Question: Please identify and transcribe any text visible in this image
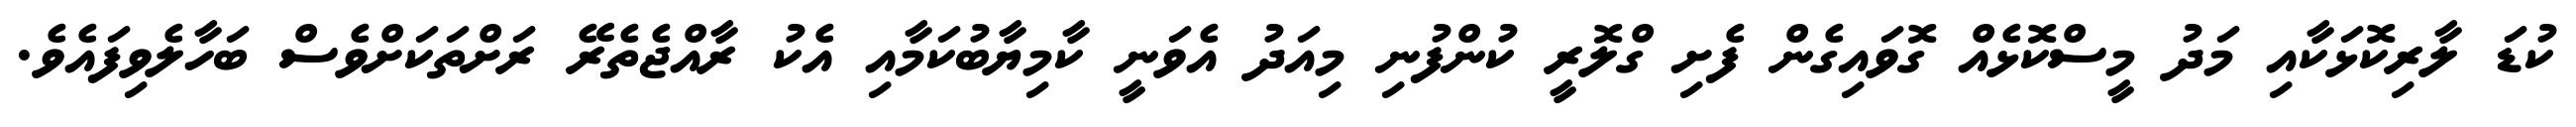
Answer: ކުޑަ ލާރިކޮޅަކާއި މަދު މީސްކޮޅެއް ގޮވައިގެން ފެށި ގްލޮރީ ކުންފުނި މިއަދު އެވަނީ ކާމިޔާބުކަމާއި އެކު ރާއްޖެތެރޭ ރަށްތަކަށްވެސް ބަހާލެވިފައެވެ.